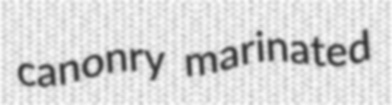
canonry marinated